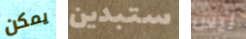
يمكن ستبدين ليس